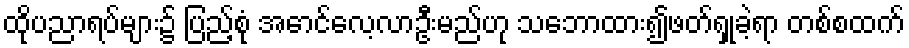
ထိုပညာရပ်များ၌ ပြည့်စုံ အောင်လေ့လာဦးမည်ဟု သဘောထား၍ဖတ်ရှုခဲ့ရာ တစ်စထက်